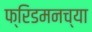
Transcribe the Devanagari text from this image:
फ्रिडमनच्या